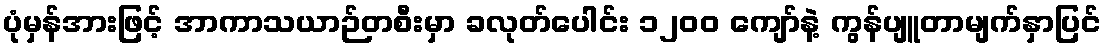
ပုံမှန်အားဖြင့် အာကာသယာဉ်တစီးမှာ ခလုတ်ပေါင်း ၁၂၀၀ ကျော်နဲ့ ကွန်ပျူတာမျက်နှာပြင်